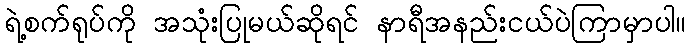
ရဲ့စက်ရုပ်ကို အသုံးပြုမယ်ဆိုရင် နာရီအနည်းငယ်ပဲကြာမှာပါ။